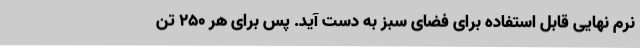
نرم نهایی قابل استفاده برای فضای سبز به دست آید. پس برای هر ۲۵۰ تن